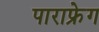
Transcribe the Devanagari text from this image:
पाराफ्रेग